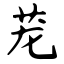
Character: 茏